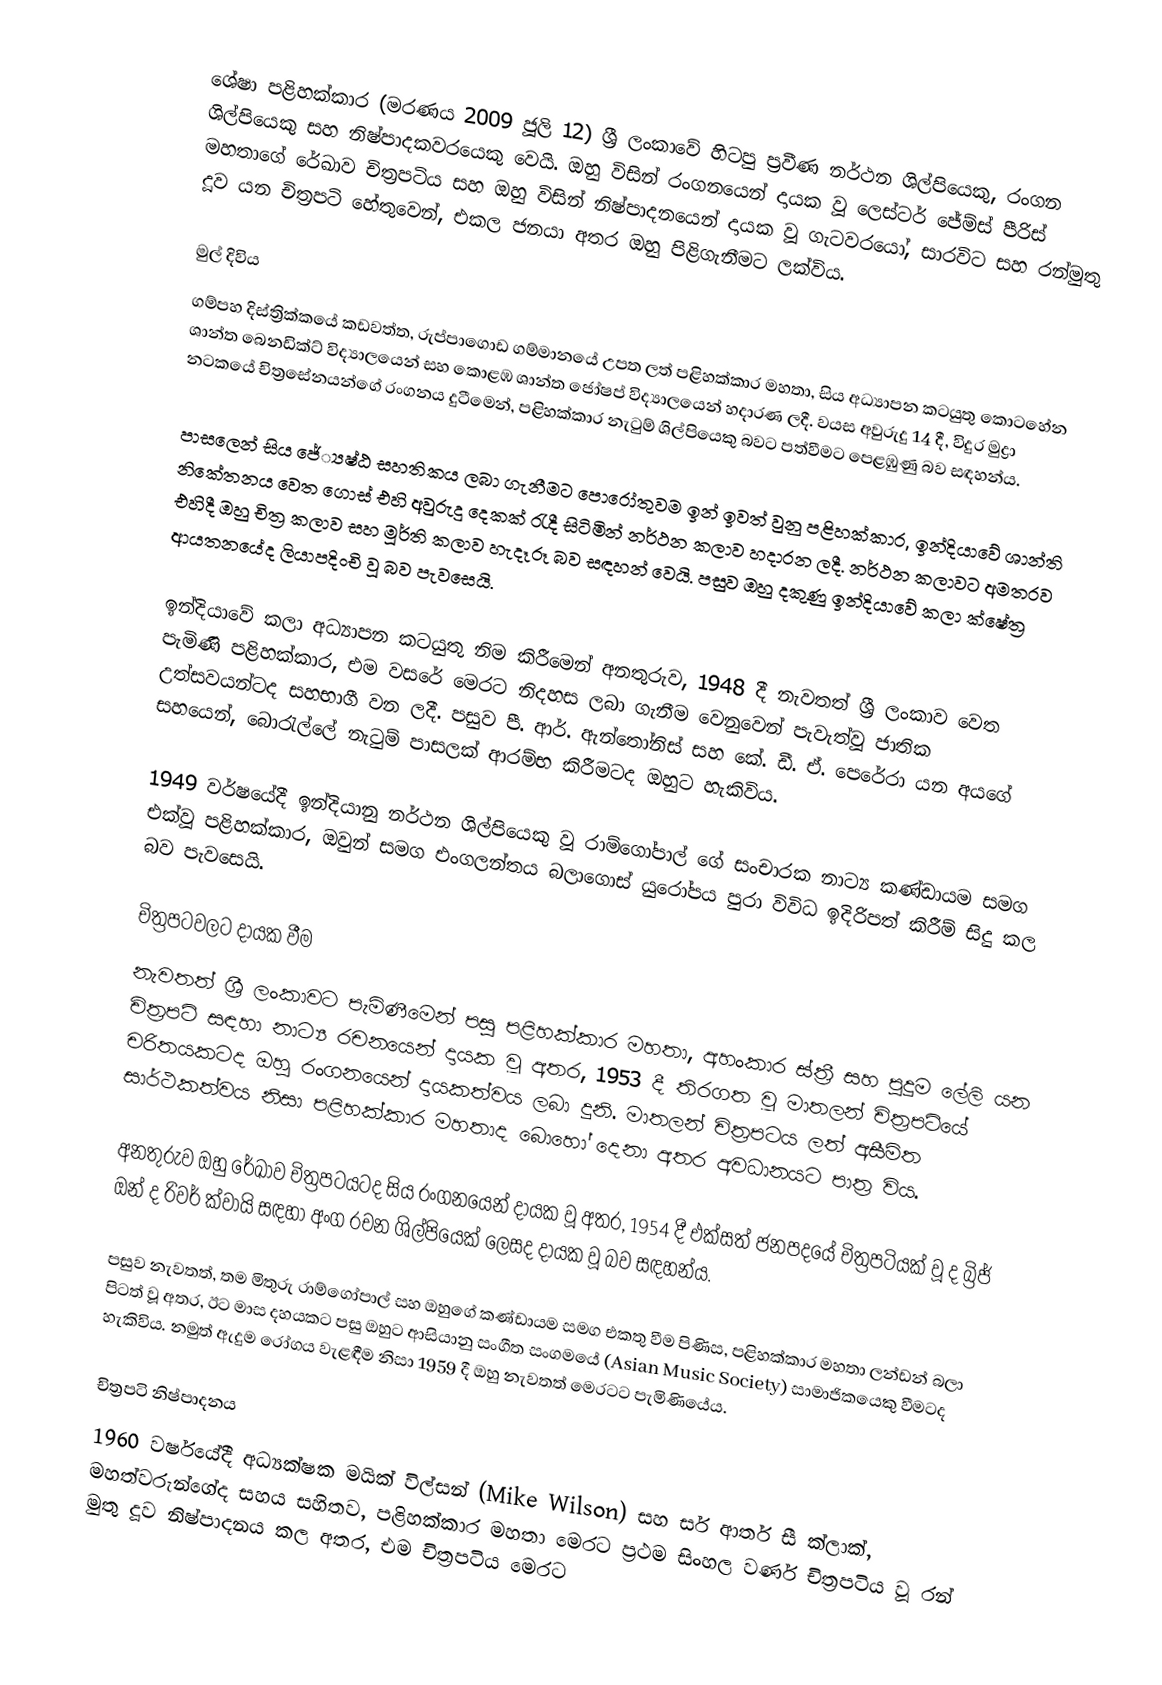
ශේෂා පළිහක්කාර (මරණය 2009 ජූලි 12) ශ්‍රී ලංකාවේ හිටපු ප්‍රවීණ නර්ථන ශිල්පියෙකු, රංගන ශිල්පියෙකු සහ නිෂ්පාදකවරයෙකු වෙයි. ඔහු විසින් රංගනයෙන් දායක වූ ලෙස්ටර් ජේම්ස් පීරිස් මහතාගේ රේඛාව චිත්‍රපටිය සහ ඔහු විසින් නිෂ්පාදනයෙන් දායක වූ ගැටවරයෝ, සාරවිට සහ රන්මුතු දූව යන චිත්‍රපටි හේතුවෙන්, එකල ජනයා අතර ඔහු පිළිගැනීමට ලක්විය.

මුල් දිවිය
ගම්පහ දිස්ත්‍රික්කයේ කඩවත්ත, රුප්පාගොඩ ගම්මානයේ උපත ලත් පළිහක්කාර මහතා, සිය අධ්‍යාපන කටයුතු කොටහේන ශාන්ත බෙනඩික්ට් විද්‍යාලයෙන් සහ කොළඹ ශාන්ත ජෝෂප් විද්‍යාලයෙන් හදාරණ ලදී. වයස අවුරුදු 14 දී, විදුර මුද්‍රා නටකයේ චිත්‍රසේනයන්ගේ රංගනය දුටීමෙන්, පළිහක්කාර නැටුම් ශිල්පියෙකු බවට පත්වීමට පෙළඹුණු බව සඳහන්ය.

පාසලෙන් සිය ජේ්‍යෂ්ඨ සහතිකය ලබා ගැනීමට පොරෝතුවම ඉන් ඉවත් වුනු පළිහක්කාර, ඉන්දියාවේ ශාන්ති නිකේතනය වෙත ගොස් එහි අවුරුදු දෙකක් රැදී සිටිමින් නර්ථන කලාව හදාරන ලදී. නර්ථන කලාවට අමතරව එහිදී ඔහු චිත්‍ර කලාව සහ මූර්ති කලාව හැදෑරූ බව සඳහන් වෙයි. පසුව ඔහු දකුණු ඉන්දියාවේ කලා ක්ෂේත්‍ර ආයතනයේද ලියාපදිංචි වූ බව පැවසෙයි.

ඉන්දියාවේ කලා අධ්‍යාපන කටයුතු නිම කිරීමෙන් අනතුරුව, 1948 දී නැවතත් ශ්‍රී ලංකාව වෙත පැමිණි පළිහක්කාර, එම වසරේ මෙරට නිදහස ලබා ගැනීම වෙනුවෙන් පැවැත්වූ ජාතික උත්සවයන්ටද සහභාගී වන ලදී. පසුව පී. ආර්. ඇන්තෝනිස් සහ කේ. ඩී. ඒ. පෙරේරා යන අයගේ සහයෙන්, බොරැල්ලේ නැටුම් පාසලක් ආරම්භ කිරීමටද ඔහුට හැකිවිය.

1949 වර්ෂයේදී ඉන්දියානු නර්ථන ශිල්පියෙකු වූ රාම්ගෝපාල් ගේ සංචාරක නාට්‍ය කණ්ඩායම සමග එක්වූ පළිහක්කාර, ඔවුන් සමග එංගලන්තය බලාගොස් යුරෝපය පුරා විවිධ ඉදිරිපත් කිරීම් සිදු කල බව පැවසෙයි.

චිත්‍රපටවලට දායක වීම
නැවතත් ශ්‍රී ලංකාවට පැමිණීමෙන් පසු පළිහක්කාර මහතා, අහංකාර ස්ත්‍රී සහ පුදුම ලේලි යන චිත්‍රපටි සඳහා නාට්‍ය රචනයෙන් දායක වූ අතර, 1953 දී තිරගත වූ මාතලන් චිත්‍රපටියේ චරිතයකටද ඔහු රංගනයෙන් දායකත්වය ලබා දුනි. මාතලන් චිත්‍රපටය ලත් අසීමිත සාර්ථකත්වය නිසා පළිහක්කාර මහතාද බොහෝ දෙනා අතර අවධානයට පාත්‍ර විය.

අනතුරුව ඔහු රේඛාව චිත්‍රපටයටද සිය රංගනයෙන් දායක වූ අතර, 1954 දී එක්සත් ජනපදයේ චිත්‍රපටියක් වූ ද බ්‍රිජ් ඔන් ද රිවර් ක්වායි සඳහා අංග රචන ශිල්පියෙක් ලෙසද දායක වූ බව සඳහන්ය.

පසුව නැවතත්, තම මිතුරු රාම්ගෝපාල් සහ ඔහුගේ කණ්ඩායම සමග එකතු වීම පිණිස, පළිහක්කාර මහතා ලන්ඩන් බලා පිටත් වූ අතර, ඊට මාස දහයකට පසු ඔහුට ආසියානු සංගීත සංගමයේ (Asian Music Society) සාමාජිකයෙකු වීමටද හැකිවිය. නමුත් ඇදුම රෝගය වැළඳීම නිසා 1959 දී ඔහු නැවතත් මෙරටට පැමිණියේය.

චිත්‍රපටි නිෂ්පාදනය
1960 වර්ෂයේදී අධ්‍යක්ෂක මයික් විල්සන් (Mike Wilson) සහ සර් ආතර් සී ක්ලාක්, මහත්වරුන්ගේද සහය සහිතව, පළිහක්කාර මහතා මෙරට ප්‍රථම සිංහල වර්ණ චිත්‍රපටිය වූ රන් මුතු දූව නිෂ්පාදනය කල අතර, එම චිත්‍රපටිය මෙරට